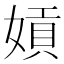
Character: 𡟫